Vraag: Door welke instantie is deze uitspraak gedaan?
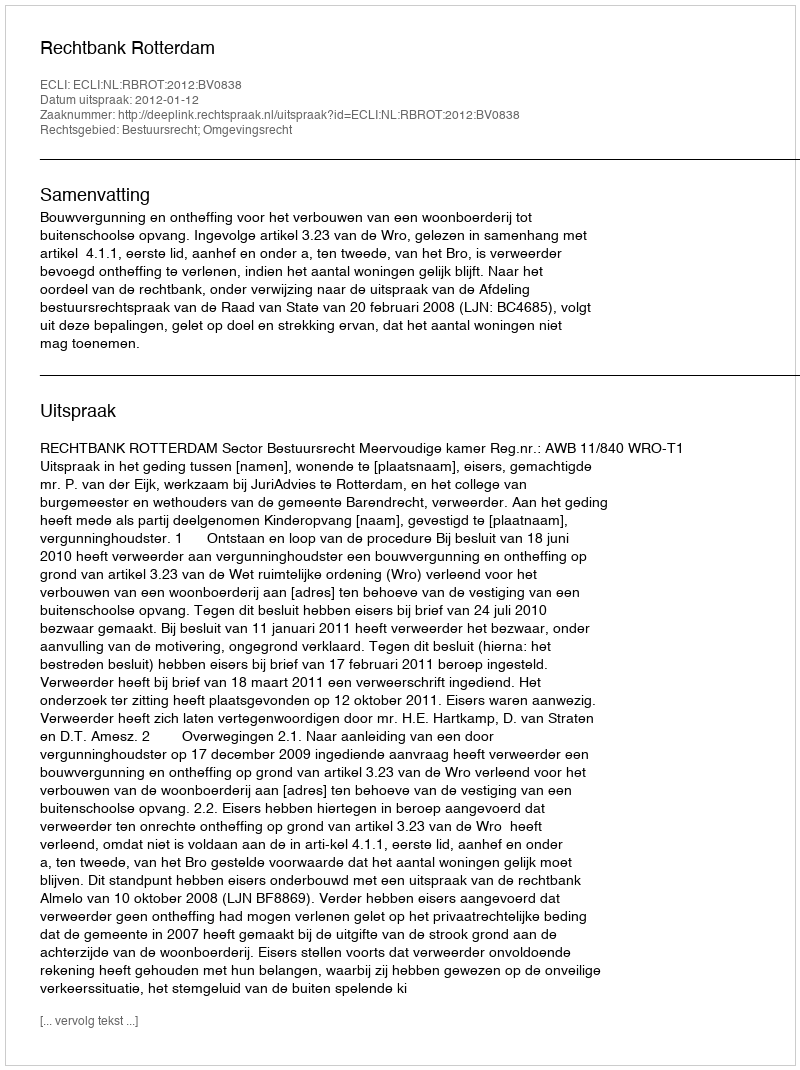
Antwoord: Rechtbank Rotterdam